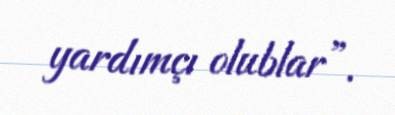
yardımçı olublar”.